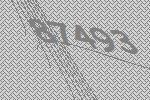
87493